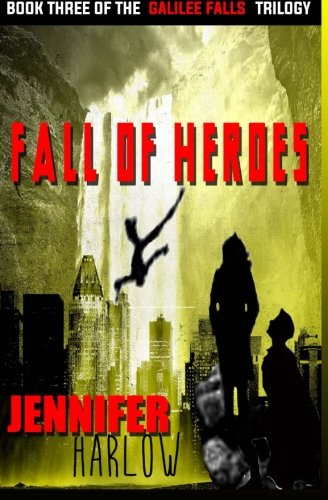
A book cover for Fall Of Heroes (The Galilee Falls Trilogy) (Volume 3); Jennifer Harlow; Science Fiction & Fantasy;